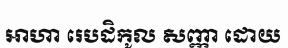
ឤហា រេបដិកូល សញ្ញា ដោយ